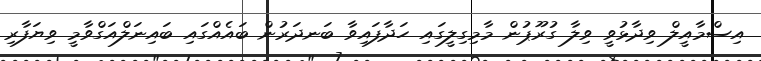
އިސްމާއީލް ވިދާޅުވީ ވިލާ ގުރޫޕުން މާމިގިލީގައި ހަދާފައިވާ ބަނދަރުން ބައެއްގައި ބައިނަލްއަގްވާމީ ވިޔަފާރި